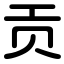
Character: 贡